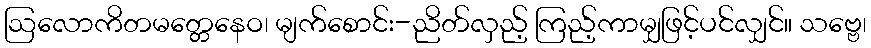
ဩလောကိတမတ္တေနေဝ၊ မျက်စောင်း-ညိတ်လှည့် ကြည့်ကာမျှဖြင့်ပင်လျှင်။ သဗ္ဗေ၊